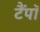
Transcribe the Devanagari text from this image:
टैंपॉ